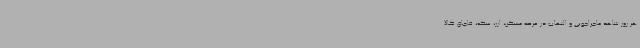
هر روز شاهد ماجراجویی و التهاب در عرصه مسکن، ارز، سکه، قاچاق کالا